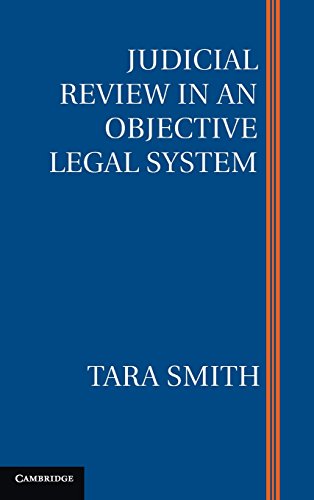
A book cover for Judicial Review in an Objective Legal System; Tara Smith; Law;